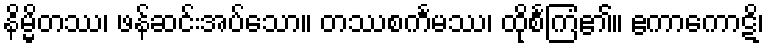
နိမ္မိတဿ၊ ဖန်ဆင်းအပ်သော။ တဿစင်္ကမဿ၊ ထိုစင်္ကြံ၏။ ဧကာကောဋိ၊